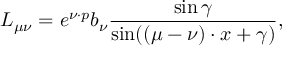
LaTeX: L _ { \mu \nu } = e ^ { \nu \cdot p } b _ { \nu } \frac { \sin \gamma } { \sin ( ( \mu - \nu ) \cdot x + \gamma ) } ,